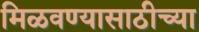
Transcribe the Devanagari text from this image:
मिळवण्यासाठीच्या